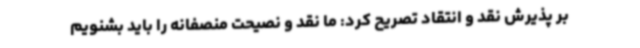
بر پذیرش نقد و انتقاد تصریح کرد: ما نقد و نصیحت منصفانه را باید بشنویم